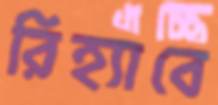
রিহ্যাবে